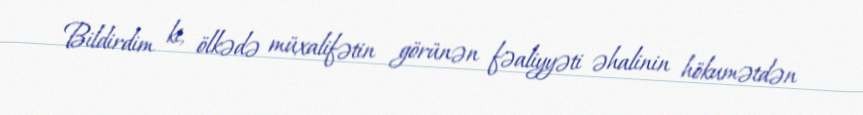
Bildirdim ki, ölkədə müxalifətin görünən fəaliyyəti əhalinin hökumətdən